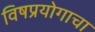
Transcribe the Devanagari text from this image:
विषप्रयोगाचा